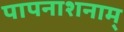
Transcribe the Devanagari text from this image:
पापनाशनाम्